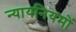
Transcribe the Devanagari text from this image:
न्यायनियमों